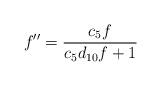
LaTeX: \begin{align*}f^{\prime \prime }=\frac{c_{5}f}{c_{5}d_{10}f+1} \end{align*}